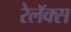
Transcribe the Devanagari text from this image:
रेलॅक्स